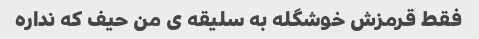
فقط قرمزش خوشگله به سلیقه ی من حیف که نداره